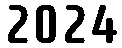
2024